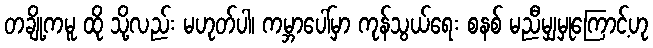
တချို့ကမူ ထို သို့လည်း မဟုတ်ပါ၊ ကမ္ဘာပေါ်မှာ ကုန်သွယ်ရေး စနစ် မညီမျှမှုကြောင့်ဟု